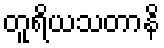
တူရိယသတာနိ